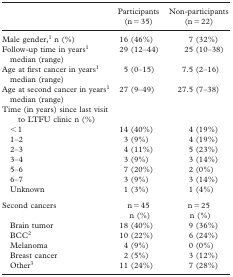
<table><thead><tr><td></td><td><b>Participants (n = 35)</b></td><td><b>Non-participants (n = 22)</b></td></tr></thead><tbody><tr><td>Male gender,<sup>1</sup> n (%)</td><td>16 (46%)</td><td>7 (32%)</td></tr><tr><td>Follow-up time in years<sup>1</sup> median (range)</td><td>29 (12–44)</td><td>25 (10–38)</td></tr><tr><td>Age at first cancer in years<sup>1</sup> median (range)</td><td>5 (0–15)</td><td>7.5 (2–16)</td></tr><tr><td>Age at second cancer in years<sup>1</sup> median (range)</td><td>27 (9–49)</td><td>27.5 (7–38)</td></tr><tr><td>Time (in years) since last visit to LTFU clinic n (%)</td><td></td><td></td></tr><tr><td>&lt; 1</td><td>14 (40%)</td><td>4 (19%)</td></tr><tr><td>1–2</td><td>3 (9%)</td><td>4 (19%)</td></tr><tr><td>2–3</td><td>4 (11%)</td><td>5 (23%)</td></tr><tr><td>3–4</td><td>3 (9%)</td><td>3 (14%)</td></tr><tr><td>5–6</td><td>7 (20%)</td><td>2 (0%)</td></tr><tr><td>6–7</td><td>3 (9%)</td><td>3 (14%)</td></tr><tr><td>Unknown</td><td>1 (3%)</td><td>1 (4%)</td></tr><tr><td>Second cancers</td><td>n = 45n (%)</td><td>n = 25n (%)</td></tr><tr><td>Brain tumor</td><td>18 (40%)</td><td>9 (36%)</td></tr><tr><td>BCC<sup>2</sup></td><td>10 (22%)</td><td>6 (24%)</td></tr><tr><td>Melanoma</td><td>4 (9%)</td><td>0 (0%)</td></tr><tr><td>Breast cancer</td><td>2 (5%)</td><td>3 (12%)</td></tr><tr><td>Other<sup>3</sup></td><td>11 (24%)</td><td>7 (28%)</td></tr></tbody></table>